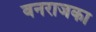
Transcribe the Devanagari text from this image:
वनराजका